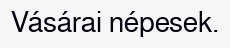
Vásárai népesek.